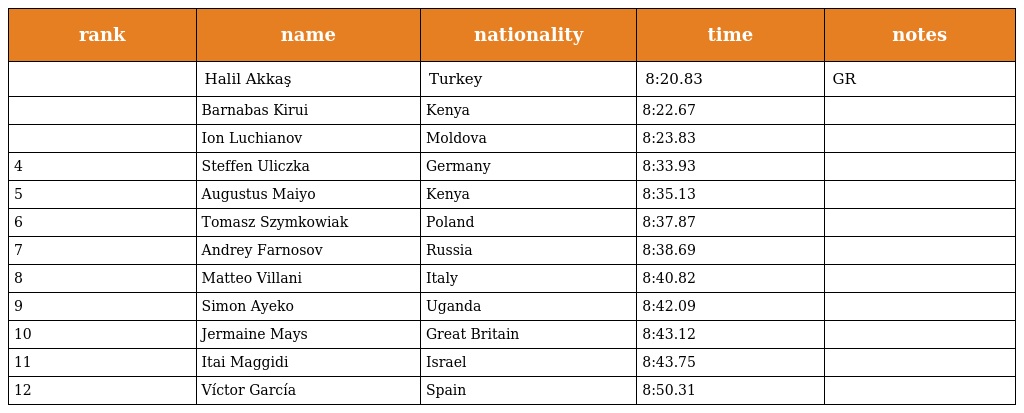
| rank | name | nationality | time | notes |
 | --- | --- | --- | --- | --- |
 |  | Halil Akkaş | Turkey | 8:20.83 | GR |
 |  | Barnabas Kirui | Kenya | 8:22.67 |  |
 |  | Ion Luchianov | Moldova | 8:23.83 |  |
 | 4 | Steffen Uliczka | Germany | 8:33.93 |  |
 | 5 | Augustus Maiyo | Kenya | 8:35.13 |  |
 | 6 | Tomasz Szymkowiak | Poland | 8:37.87 |  |
 | 7 | Andrey Farnosov | Russia | 8:38.69 |  |
 | 8 | Matteo Villani | Italy | 8:40.82 |  |
 | 9 | Simon Ayeko | Uganda | 8:42.09 |  |
 | 10 | Jermaine Mays | Great Britain | 8:43.12 |  |
 | 11 | Itai Maggidi | Israel | 8:43.75 |  |
 | 12 | Víctor García | Spain | 8:50.31 |  |